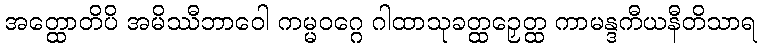
အတ္ထောတိပိ အမိဿီဘာဝေါ ကမ္မဝဂ္ဂေ ဂါထာသုခတ္ထဉှေတ္ထ ကာမန္ဒကီယနီတိသာရ